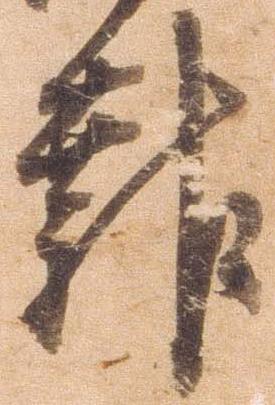
報